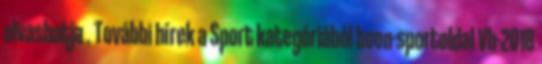
olvashatja . További hírek a Sport kategóriából boon-sportoldal Vb-2018